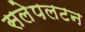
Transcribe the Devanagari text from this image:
सलेपलटन